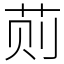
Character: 荝